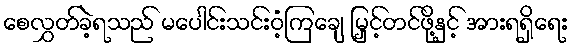
စေလွှတ်ခဲ့ရသည် မပေါင်းသင်းဝံ့ကြချေ မြှင့်တင်ဖို့နှင့် အားရရှိရေး